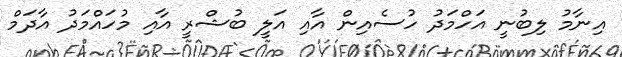
އިނާމު ލިބުނީ އަހްމަދު ހުސެއިން އާއި އަލީ ބުޝްރީ އާއި މުހައްމަދު އާދަމް